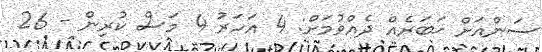
ސަންއަށް ޚަބަރެއް ދެއްވުމަށް: 4 އަހަރު 4 މަސް ކުރިން - 26